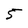
Character: 5